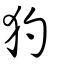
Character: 犳